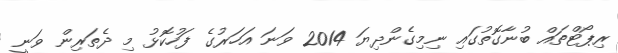
ރިޕޯޓްތައް ބުނާގޮތުގައި ނިމިގެންދިޔަ 2014 ވަނަ އަހަރުގެ ފަހުކޮޅު މި ދެތަރިން ވަނީ